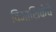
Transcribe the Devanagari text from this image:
विनाशिकेचे